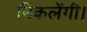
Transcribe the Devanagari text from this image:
निकलेंगी।